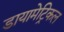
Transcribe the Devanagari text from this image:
डायामेट्रिकल